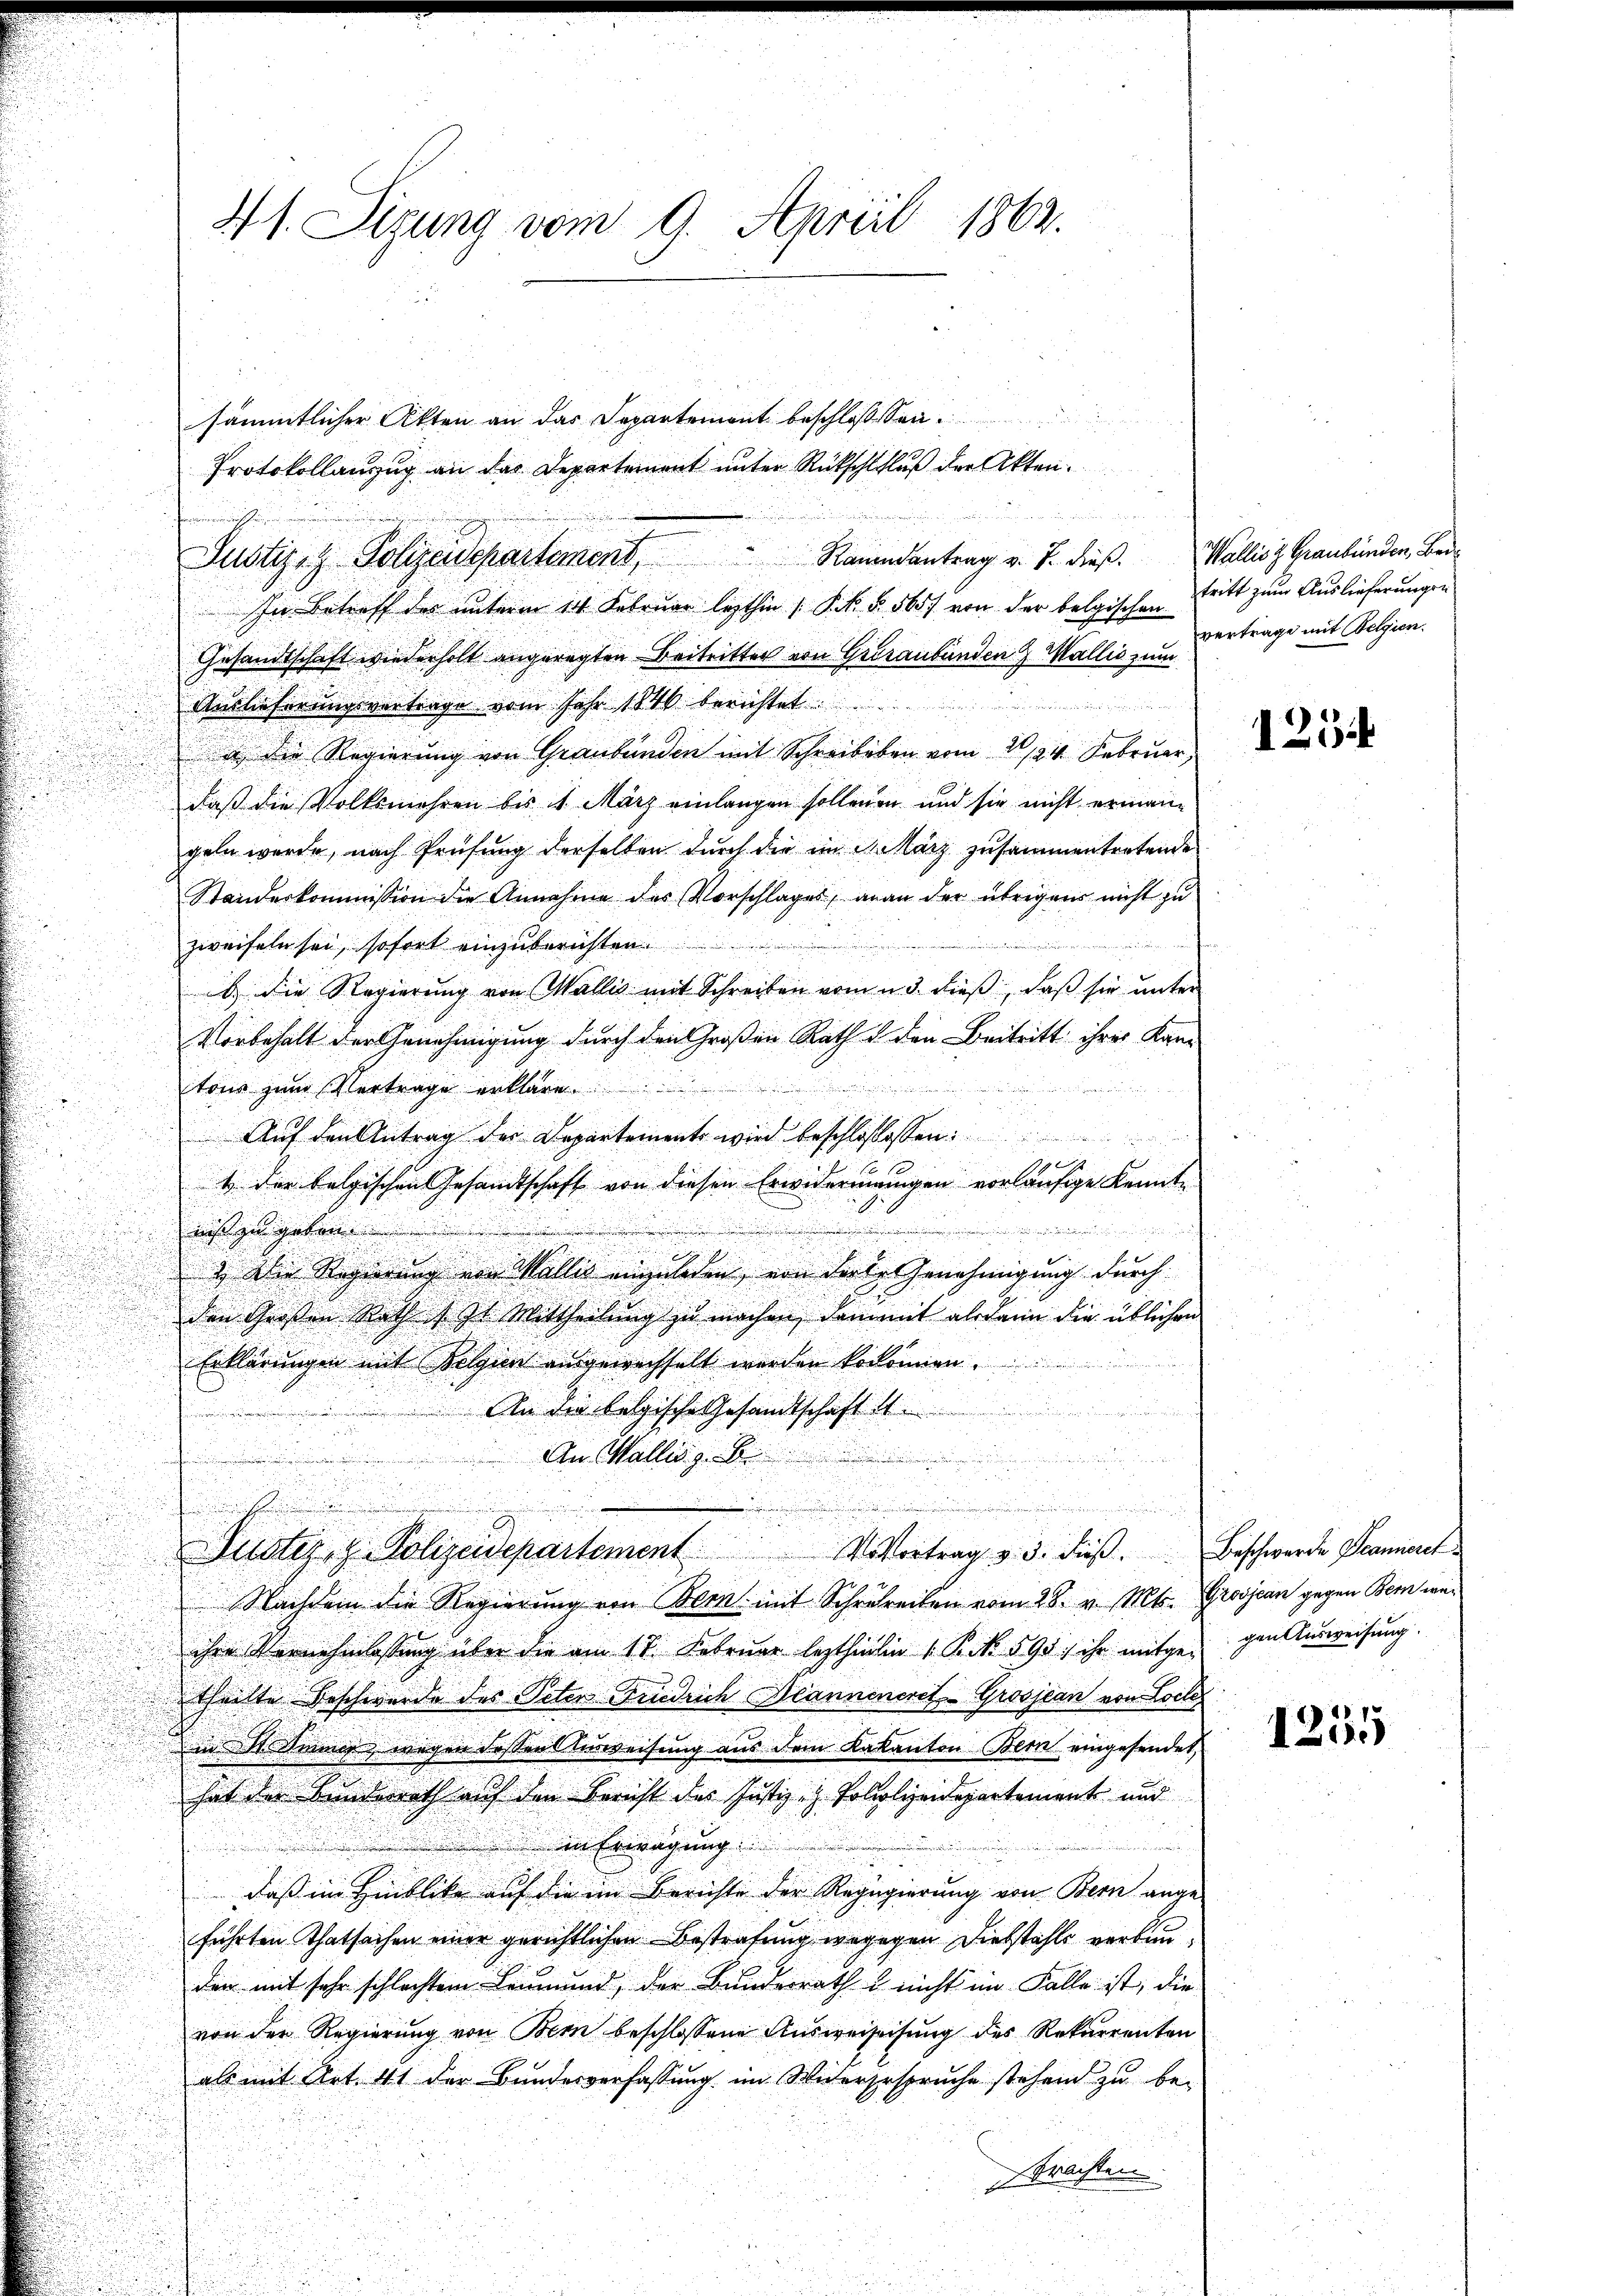
sämmtlicher Akten an das Departement beschlossen.
Protokollanzug an das Departement unter Rückschlfluß der Akten.
Justiz & Polizeidepartement, Romandantrag v. J. dieß. Wallis, Graubünden, bei
In Betreff der unterm 14. Februar lezthin (PR. § 560 von der belgischen
Gesandtschaft wiederholt angeregten Beitritter von Graubünden & Wallis zum
 .
Auslieferungsvertrage vom Jahr 1840 berichtet
a die Regierung von Graubünden mit Schreibeben vom 1./24. Februar,
daß die Volksmehren bis 1. März einlangen sollenen und sie nicht ermangeln werde, nach Prüfung derselben durch die im März zusammentretende
Standeskommission die Annahme des Vorschlages, an an der übrigens nicht zu

zweifeln sei, sofort einzuberichten.
ib, die Regierung von Wallis mit Schreiben vom 23. dieß, daß sie unter
Vorbehalt der Genehmigung durch den Großen Rath & den Beitritt ihres Kan-
ge
tour zum Vertrage erkläre.
Auf den Antrag der Departements wird beschlossessen:
.
5
t der belgischen Gesandtschaft von diesen Erwideringungen vorläufige Kennte

nis zu geben.
r
2) Die Regierung von Wallis eingeladen, von derer Genehmigung durch
den Großen Rath ist St. Mittheilung zu machen, damit alsdann die üblichen
Erklärungen mit Belgien ausgewachselt werden koronnen.
i
r
An die belgische Gesandtschaft i
d
e
An Wallis z. B.
erthur une

n

21. Sizung vom 9. April 1862.

u

ihre Vernehmlassung über die am 17. Februar lezthinhin 1 S. 590 ihr mitgegen Ausweisung.
theilte Beschwerde des Peter Friedrich Planneneret, Grosjean von Loite
in St. Sinnig wegen deßen Ausweisung aus dem Kakanton Bern eingesendet,
hat der Bundesrath auf den Bericht des Justiz- & Poliolizeidepartement und
in Erwägung
daß im Hinblicke auf die im Berichte der Regugierung von Bern ange-
führten Thatsachen einer gerichtlichen Bestrafung wogegen Diebstahls verbauden mit sehr schlechtem Leumund, der Bunderrath & nicht im Falle ist, die
von der Regierung von Bern beschlossene Ausweiseisung des Rekurrenten
als mit Art. 41 der Bundesverfassung im Widersespruche stehend zu be-
Frachten

.
.
Justiz & Polizeidepartement V. Vortrag v. 3. dieβ. Beschwerde Decanieret
Nachdem die Regierung von Bern mit Schreiben vom 28. v. Mts. Grosjean gegen Bern we¬

tritt zum Auslieferungen
vertrage mit Belgien.

125

1255